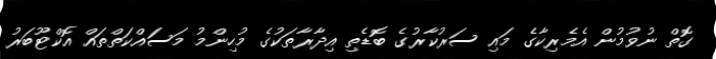
ގޮތް ނުވުމުން އެމެރިކާގެ މައި ސަރުކާރުގެ ބޮޑެތި އިދާރާތަކުގެ މުހިންމު މަސައްކަތްތައް އޮކްޓޫބަރު